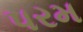
પરમ